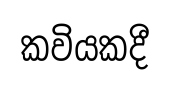
කවියකදී